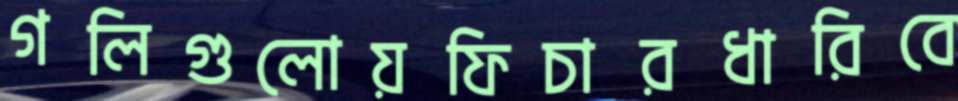
গলিগুলোয়ফিচারধারিবে